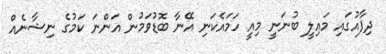
ދިފާއުގައި މައިލީ ބުނަނީ މިއީ ހަމައެކަނި އޭނާ ބޮޑުވަމުން އަންނަ ކަމުގެ ނިޝާނެއް